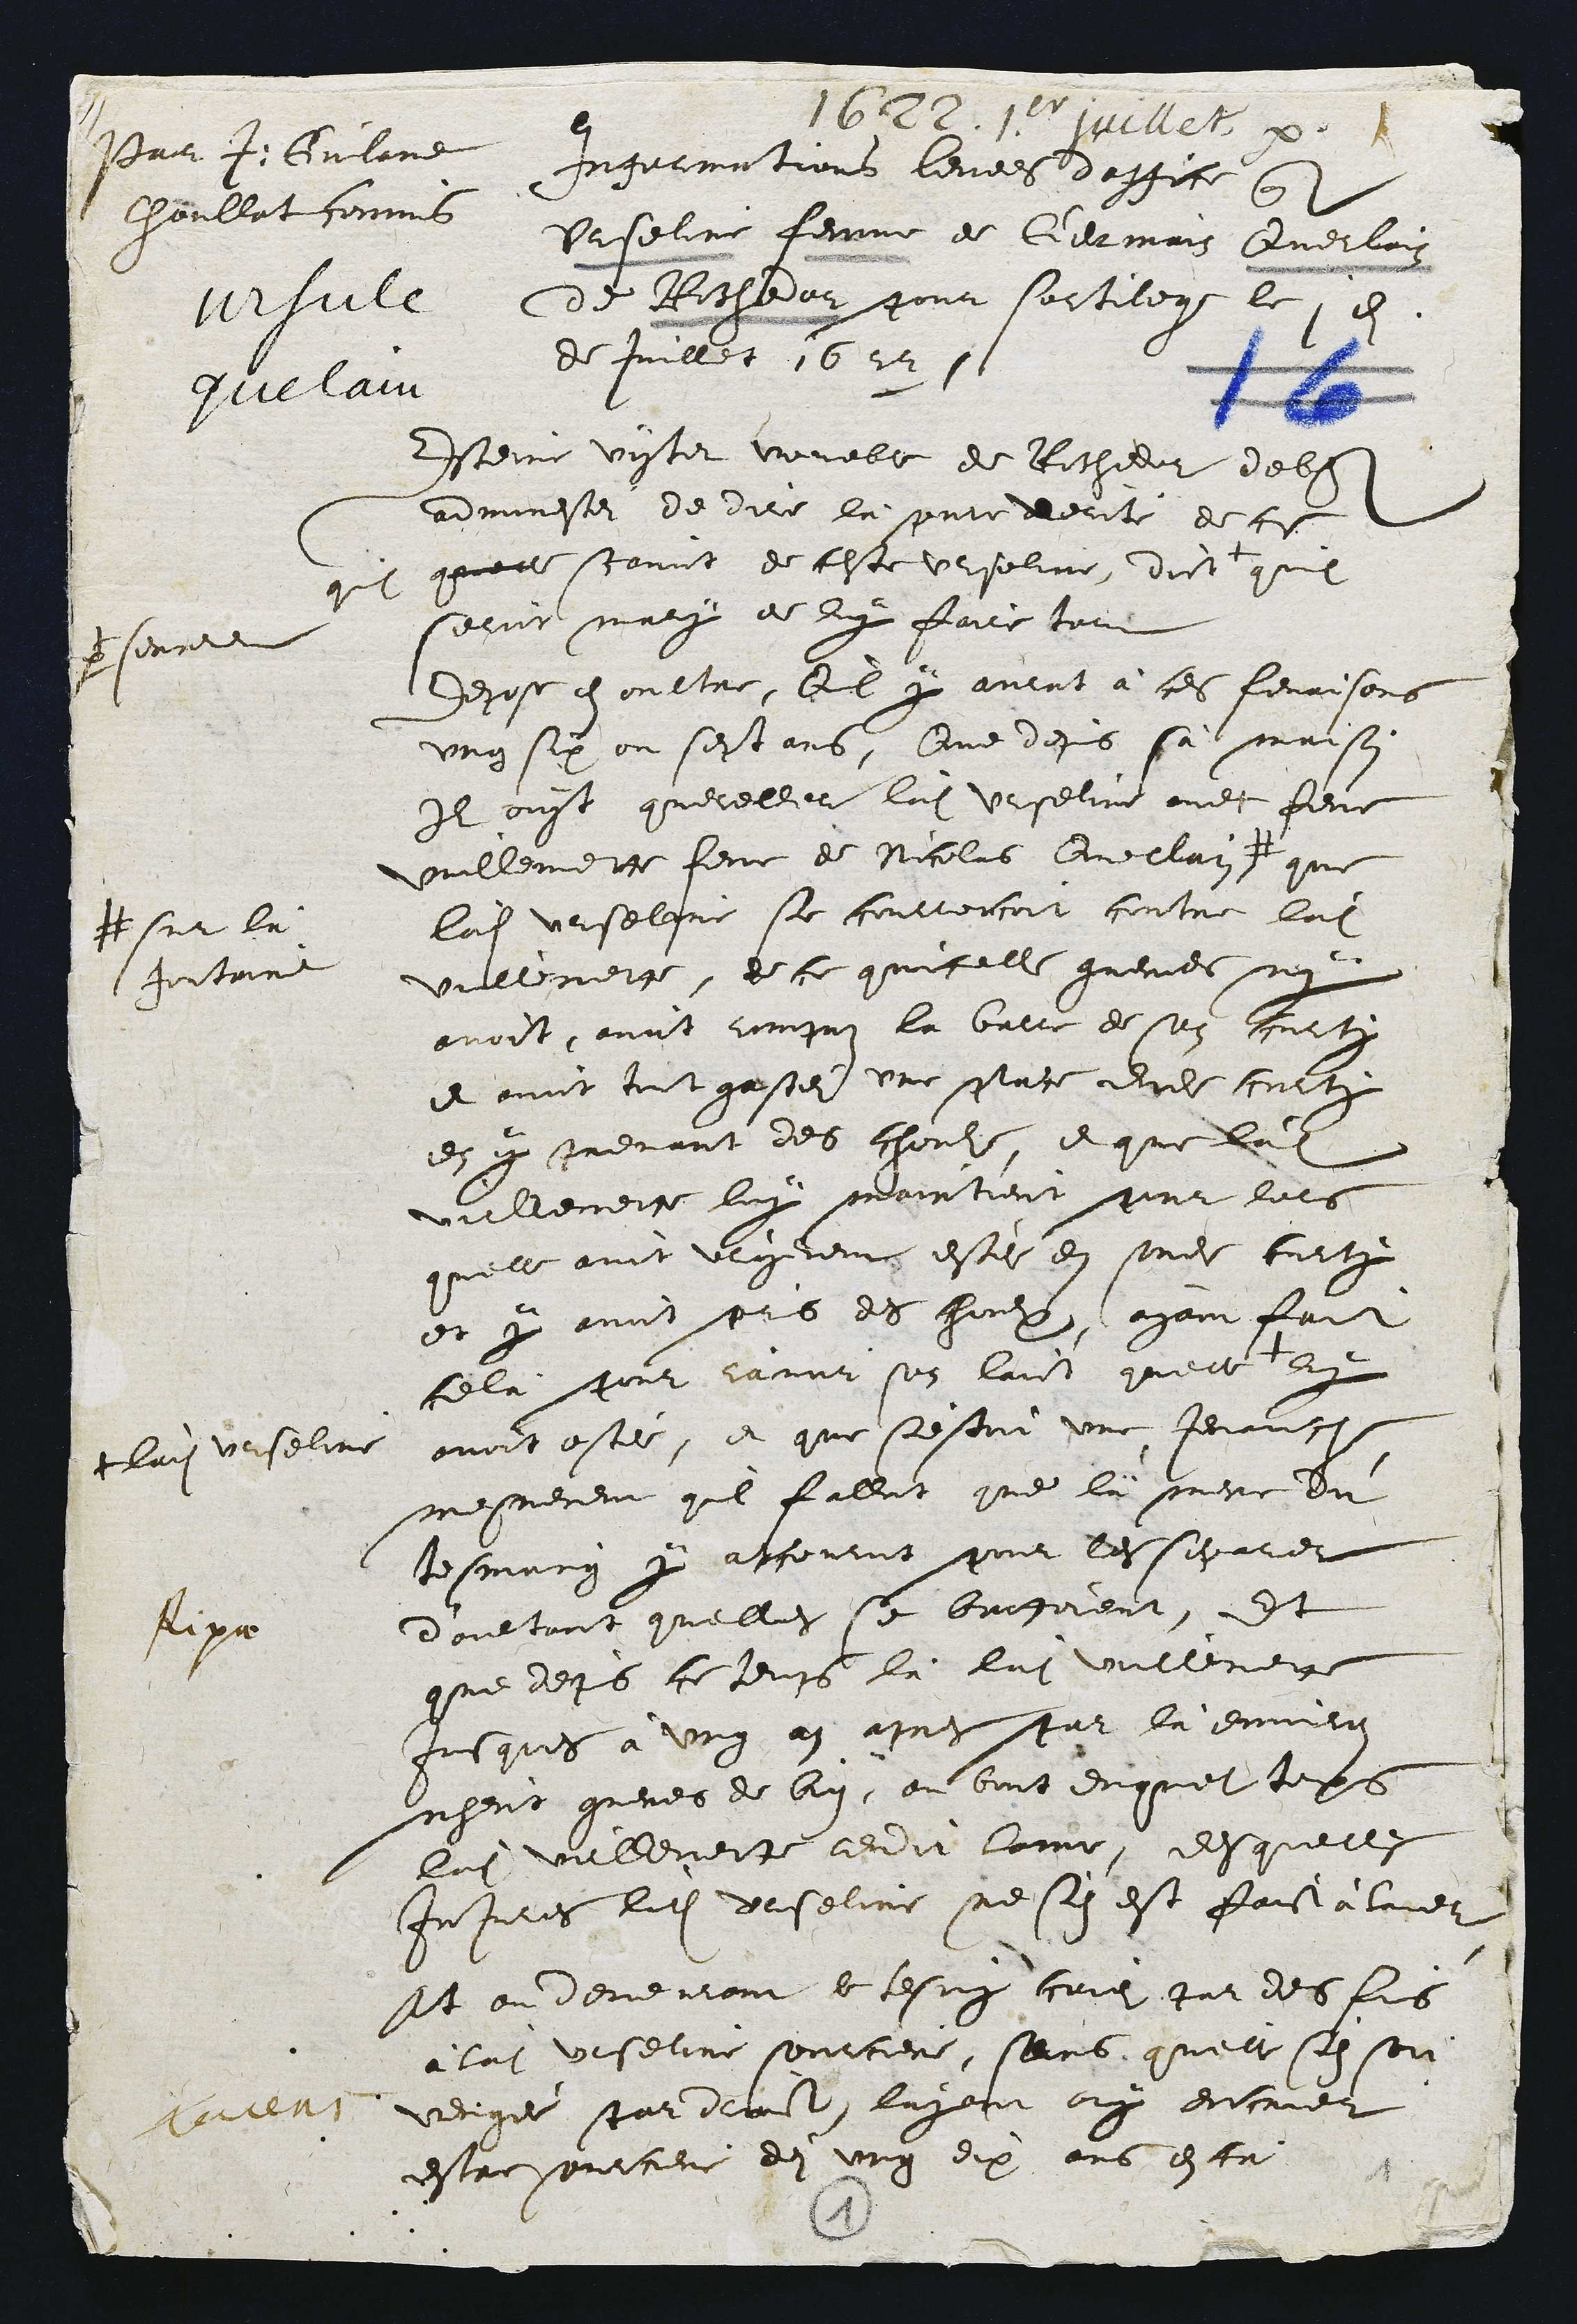
Par J: Guilaume
Choullat commis
ursule
quelain

1622. 1.er juillet etc.
Informations levees d'office contre
Urseline femme de Germain Querlain
de Rochedor pour sortilege le 1er
de Juillet 1622.

Esteine vyter voueble de Rochedor debhuement
admonestei de dire là pure verite de ce
quil quicelle scavoit de ceste urseline, dict +
par + serrement
quil
seroit mary de luy faire tort
Depose en oultre, quil y aurat à ces fenaisons
ung six ou sept ans, Que depuis sà maison
Il ouyt quereller ladite Urseline avec feue
Vuillemette feme de Nicolas Querlain #
# sur là
fontaine
que
ladite urseline se courroucoit contre ladite
vuillemette, de ce quicelle guerres ny
avoit, avoit rompuz la barre de son curty
et avoit tout gastei une place dudit curty
en y prenant des chouls, et que ladite
vuillemette luy maintient pour lors
quelle avoit vrayement estei en sondit curty
et y avoit pris des choulx, ayant fait
cela pour ravoir son laict quelle +
+ ladite urseline
luy
avoit ostei, et que s'estoit une Jenauche
mesmement quil falloit que là mere du
tesmoing y accourut pour les separer
d'aultant quelles se battoient, Et
que depuis ce temps là, ladite vuillemette
Jusques à ung an apres par là environ
n'heut gueres de bien, au bout duquel temps
ladite vuillemette rendit lame, desquelles
Injures ladite urseline ne s'en est faict à laver
At au demeurant le tesmoing crie par des fois
à ladite urseline sourciere, sans quelle s'en soit
vengei par droict, layant ouy encrier
estre sourciere dei ung dix ans en ca

Rixae

1
1